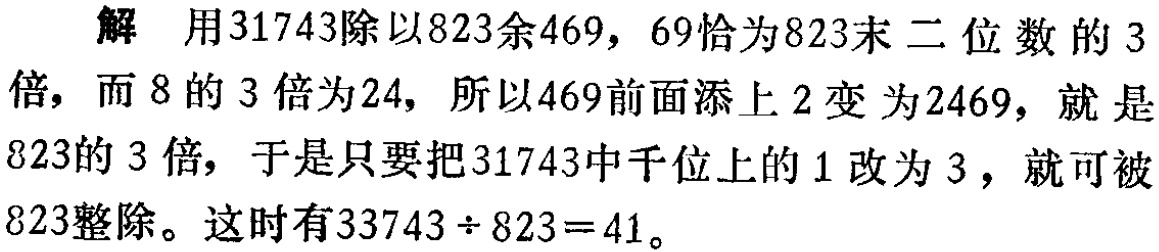
解 用$31743$除以$823$余$469$，$69$恰为$823$末二位数的$3$倍，而$8$的$3$倍为$24$，所以$469$前面添上$2$变为$2469$，就是$823$的$3$倍，于是只要把$31743$中千位上的$1$改为$3$，就可被$823$整除。这时有$33743\div 823 = 41$。